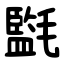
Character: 㲯